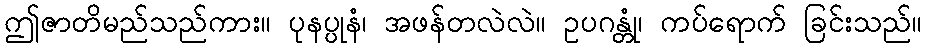
ဤဇာတိမည်သည်ကား။ ပုနပ္ပုနံ၊ အဖန်တလဲလဲ။ ဥပဂန္တုံ၊ ကပ်ရောက် ခြင်းသည်။